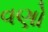
વણો